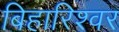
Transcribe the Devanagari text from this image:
बिहारिश्वर